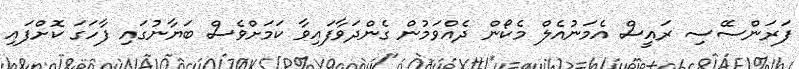
ފަރަންސޭސި ރައީސް އެމަނުއެލް މެކޯން ދެއްވަމުން ގެންދަވާފައިވާ ކަމަށްވެސް ބަޔާނުގައި ފާހަގަ ކޮށްފައި